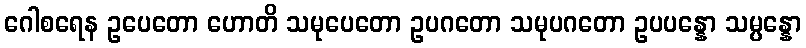
ဂေါစရေန ဥပေတော ဟောတိ သမုပေတော ဥပဂတော သမုပဂတော ဥပပန္နော သမ္ပန္နော